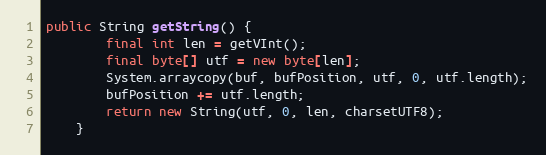
Language: Java
public String getString() {
		final int len = getVInt();
		final byte[] utf = new byte[len];
		System.arraycopy(buf, bufPosition, utf, 0, utf.length);
		bufPosition += utf.length;
		return new String(utf, 0, len, charsetUTF8);
	}